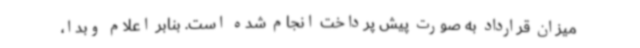
میزان قرارداد به صورت پیش پرداخت انجام شده است. بنابر اعلام وبدا،